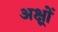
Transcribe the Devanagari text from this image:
अक्ष्रों